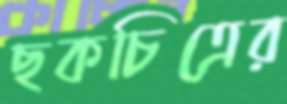
ছকচিত্রের